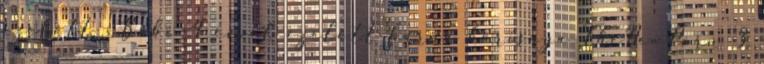
ezelőtt xBabe 4 évvel ezelőtt barna harisnya TheNewPorn 3